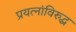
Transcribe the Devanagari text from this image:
प्रयत्‍नांविरुद्ध